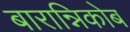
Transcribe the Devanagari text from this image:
बारान्निकोब